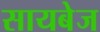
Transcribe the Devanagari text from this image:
सायबेज